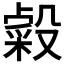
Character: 𣫋